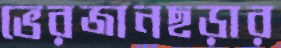
ভেরজানছড়ার